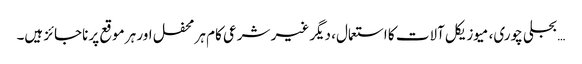
… بجلی چوری، میوزیکل آلات کا استعمال، دیگر غیر شرعی کام ہر محفل اور ہر موقع پر ناجائز ہیں۔